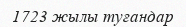
1723 жылы туғандар